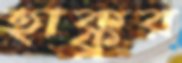
হাক্কুর